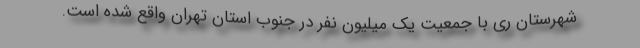
شهرستان ری با جمعیت یک میلیون نفر در جنوب استان تهران واقع شده است.